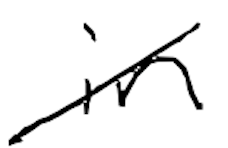
Text: in
Cross-out: diagonal
Writing tool: digital_black